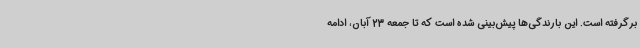
برگرفته است. این بارندگی‌ها پیش‌بینی شده است که تا جمعه 23 آبان، ادامه